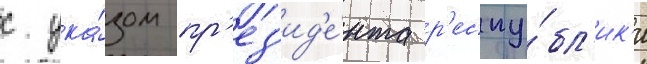
с ука́зом пр'ез'ид'е́нта р'еспу́бл'ик'и